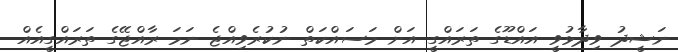
ނަޝީދު ވިދާޅުވީ އައްޑޫގެ ތަރައްގީ އަށް މަސައްކަތް ނުކުރެވިއްޖެ ނަމަ ރާއްޖޭގެ ތަރައްގީއެއް